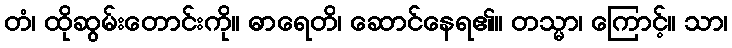
တံ၊ ထိုဆွမ်းတောင်းကို။ ဓာရေတိ၊ ဆောင်နေရ၏။ တသ္မာ၊ ကြောင့်။ သာ၊